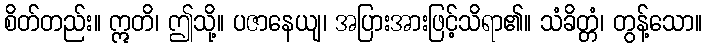
စိတ်တည်း။ ဣတိ၊ ဤသို့။ ပဇာနေယျ၊ အပြားအားဖြင့်သိရာ၏။ သံခိတ္တံ၊ တွန့်သော။